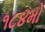
૧૮૪મો